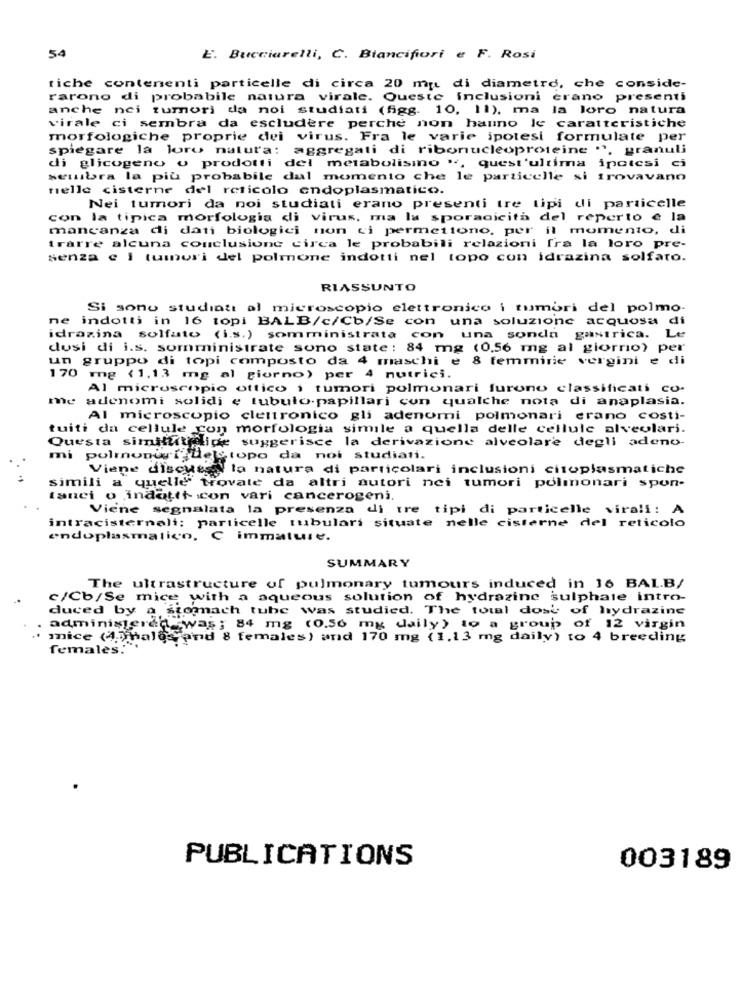
54
E. Bucciarelli, C. Blancifiori e F. Rosi
tiche contenenti particelle di circa 20 mq di diametro, che conside-
rarono di probabile natura virale. Queste inclusioni erano presenti
anche nci tumori da noi studiati (figg. 10, 11), ma la loro natura
virale ci sembra da escludere perche non hanno Ic caratteristiche
morfologiche proprie dei virus. Fra le varie ipotesi formulate per
spiegare la loro natura: aggregati di ribonucleoproteine ", granuli
di glicogeno o prodotti del metabolismno ", quest'ultima ipotesi ci
seuibra la più probabile dal momento che le particelle si trovavano
nelle cisterne del reticolo endoplasmatico.
Nei tumori da noi studiati erano presenti tre tipi di particelle
con la tipica morfologia di virus, ma la sporadicità del reperto e la
mancanza di dati biologici non ci permettono, per il momento, di
trarre alcuna conclusione circa le probabili relazioni fra la loro pre-
senza e i tumori del polmone indotti nel topo con idrazina solfato.
RIASSUNTO
Si sono studiati al microscopio elettronico i tumori del polmo-
ne indotti in 16 topi BALB/c/Cb/Se con una soluzione acquosa di
idrazina solfato (i.s.) somministrata con una sonda gastrica. Le
dusi di i.s. somministrate sono state: 84 mg (0,56 mg al giorno) per
un gruppo di topi composto da 4 maschi e 8 femminie vergini e di
170 mg (1,13 mg al giorno) per
4 nutrici.
Al microscopio ottico i tumori polmonari furono classificati co-
me adenomi solidi e tubulo.papillari con qualche nota di anaplasia.
Al microscopio clettronico gli adenomi polmonari erano costi-
tuiti da cellule con morfologia simile a quella delle cellule alveolari.
Questa simithuiside suggerisce la derivazione alveolare degli adeno-
mi polmoni des topo da noi studiati.
Viene discuss la natura di particolari inclusioni citoplasmatiche
simili a quelle trovate da altri autori nei tumori polmonari spon-
tanci o indotti con vari cancerogeni.
Viene segnalata la presenza di tre tipi di particelle virali: A
intracisterneli: particelle tubulari situate nelle cisterne del reticolo
endoplasmatico, C immature.
SUMMARY
The ultrastructure of pulmonary tumours induced in 16 BALB/
c/Cb/Se mice with a aqueous solution of hydrazine sulphate intro-
duced by a stomach tube was studied. The total dost of hydrazine
administered was; 84 mg (0.56 mg daily) to a group of 12 virgin
mice (47 halo Sand 8 females ) and 170 mg (1,13 mg daily) to 4 breeding
females."
PUBLICATIONS
003189